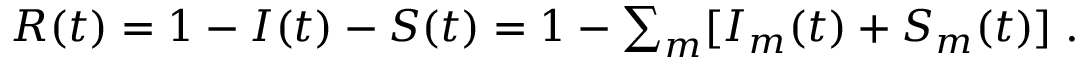
\begin{array} { r } { R ( t ) = 1 - I ( t ) - S ( t ) = 1 - \sum _ { m } [ I _ { m } ( t ) + S _ { m } ( t ) ] \; . } \end{array}